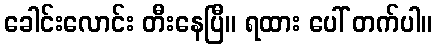
ခေါင်းလောင်း တီးနေပြီ။ ရထား ပေါ် တက်ပါ။